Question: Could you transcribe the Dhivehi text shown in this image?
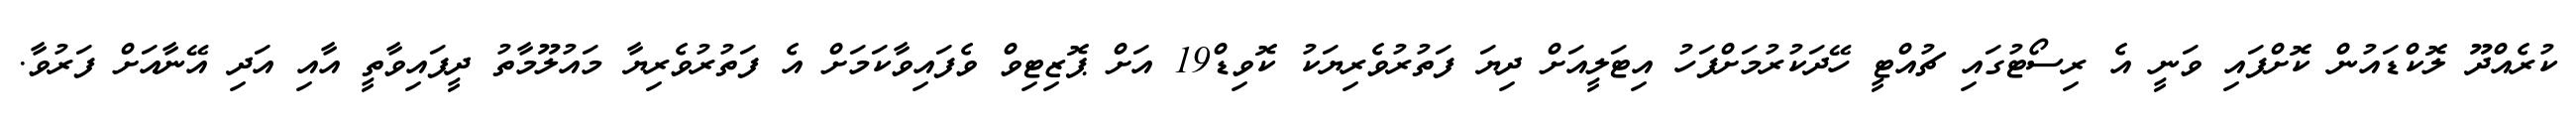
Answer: ކުރެއްދޫ ލޮކްޑައުން ކޮށްފައި ވަނީ އެ ރިސޯޓުގައި ޗުއްޓީ ހޭދަކުރުމަށްފަހު އިޓަލީއަށް ދިޔަ ފަތުރުވެރިޔަކު ކޮވިޑް19 އަށް ޕޮޒިޓިވް ވެފައިވާކަމަށް އެ ފަތުރުވެރިޔާ މައުލޫމާތު ދީފައިވާތީ އާއި އަދި އޭނާއަށް ފަރުވާ.